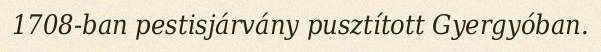
1708-ban pestisjárvány pusztított Gyergyóban.